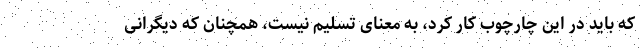
که باید در این چارچوب کار کرد، به معنای تسلیم نیست، همچنان که دیگرانی